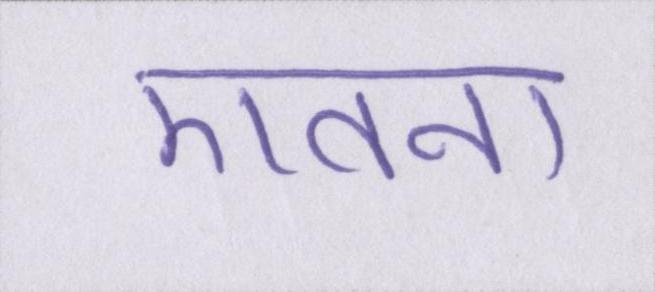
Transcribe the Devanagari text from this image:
एतना